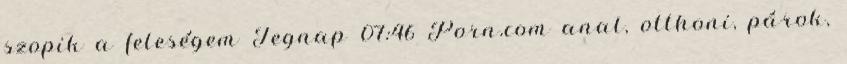
szopik a feleségem Tegnap 07:46 Porn.com anal, otthoni, párok,